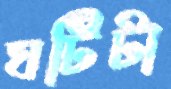
ঘটিটা